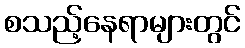
စသည့်နေရာများတွင်